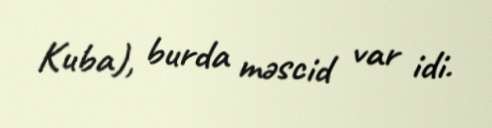
Kuba), burda məscid var idi.